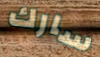
سارك